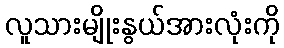
လူသားမျိုးနွယ်အားလုံးကို